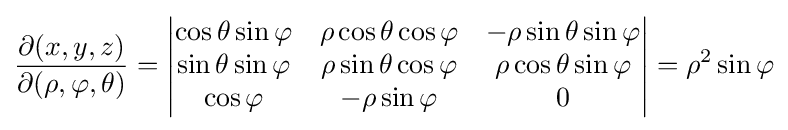
{\frac {\partial (x,y,z)}{\partial (\rho ,\varphi ,\theta )}}={\begin{vmatrix}\cos \theta \sin \varphi &\rho \cos \theta \cos \varphi &-\rho \sin \theta \sin \varphi \\\sin \theta \sin \varphi &\rho \sin \theta \cos \varphi &\rho \cos \theta \sin \varphi \\\cos \varphi &-\rho \sin \varphi &0\end{vmatrix}}=\rho ^{2}\sin \varphi